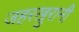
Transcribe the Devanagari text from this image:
जहरखुरानी